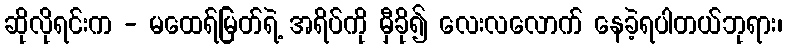
ဆိုလိုရင်းက - မထေရ်မြတ်ရဲ့ အရိပ်ကို မှီခို၍ လေးလလောက် နေခဲ့ရပါတယ်ဘုရား၊